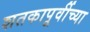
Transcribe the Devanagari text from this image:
शतकापूर्वीच्या